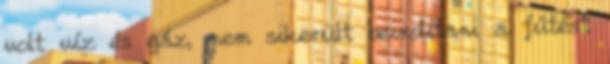
volt víz és gáz, nem sikerült beindítani a fűtést